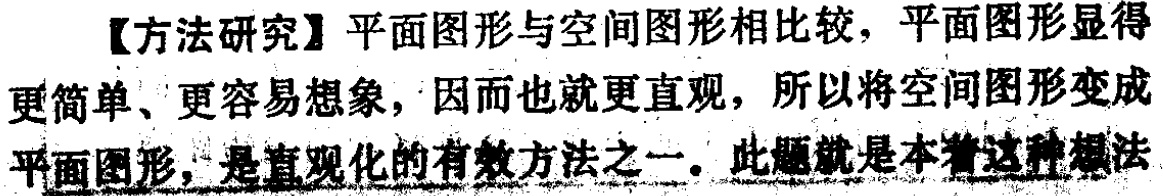
【方法研究】平面图形与空间图形相比较，平面图形显得更简单、更容易想象，因而也就更直观，所以将空间图形变成平面图形，是直观化的有效方法之一。此题就是本着这种想法